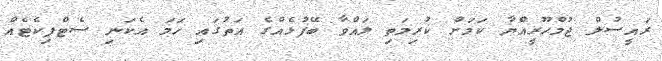
ރައީސުލް ޖުމްހޫރީއްޔާ ކަމަށް ކުރިމަތި ލައްވާ ބޭފުޅެއްގެ އަތުގައި ހަމަ އެކަނި ސެޓްފިކެޓެއް